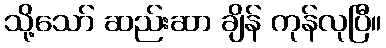
သို့သော် ဆည်းဆာ ချိန် ကုန်လုပြီ။